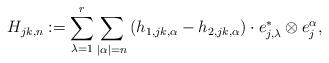
LaTeX: \begin{align*}H_{jk, n}:=\sum_{\lambda=1}^r\sum_{|\alpha|=n}\left(h_{1, jk, \alpha}-h_{2, jk, \alpha}\right)\cdot e_{j, \lambda}^*\otimes e_j^\alpha, \end{align*}